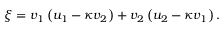
\xi = v _ { 1 } \left( u _ { 1 } - \kappa v _ { 2 } \right) + v _ { 2 } \left( u _ { 2 } - \kappa v _ { 1 } \right) .